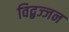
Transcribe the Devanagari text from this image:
विद्बज्जन